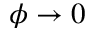
\phi \rightarrow 0